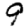
Digit: 9